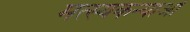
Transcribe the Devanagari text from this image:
मत्स्यकन्याओं